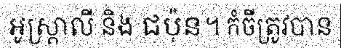
អូស្ត្រាលី និង ជប៉ុន។ កំចីត្រូវបាន